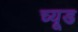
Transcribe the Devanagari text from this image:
च्यूड